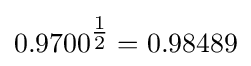
0.9700^{\tfrac {1}{2}}=0.98489